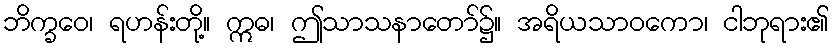
ဘိက္ခဝေ၊ ရဟန်းတို့။ ဣဓ၊ ဤသာသနာတော်၌။ အရိယသာဝကော၊ ငါဘုရား၏